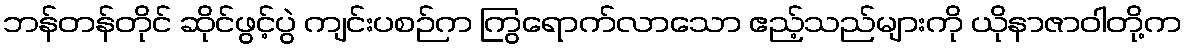
ဘန်တန်တိုင် ဆိုင်ဖွင့်ပွဲ ကျင်းပစဉ်က ကြွရောက်လာသော ဧည့်သည်များကို ယိုနာဇာဝါတို့က